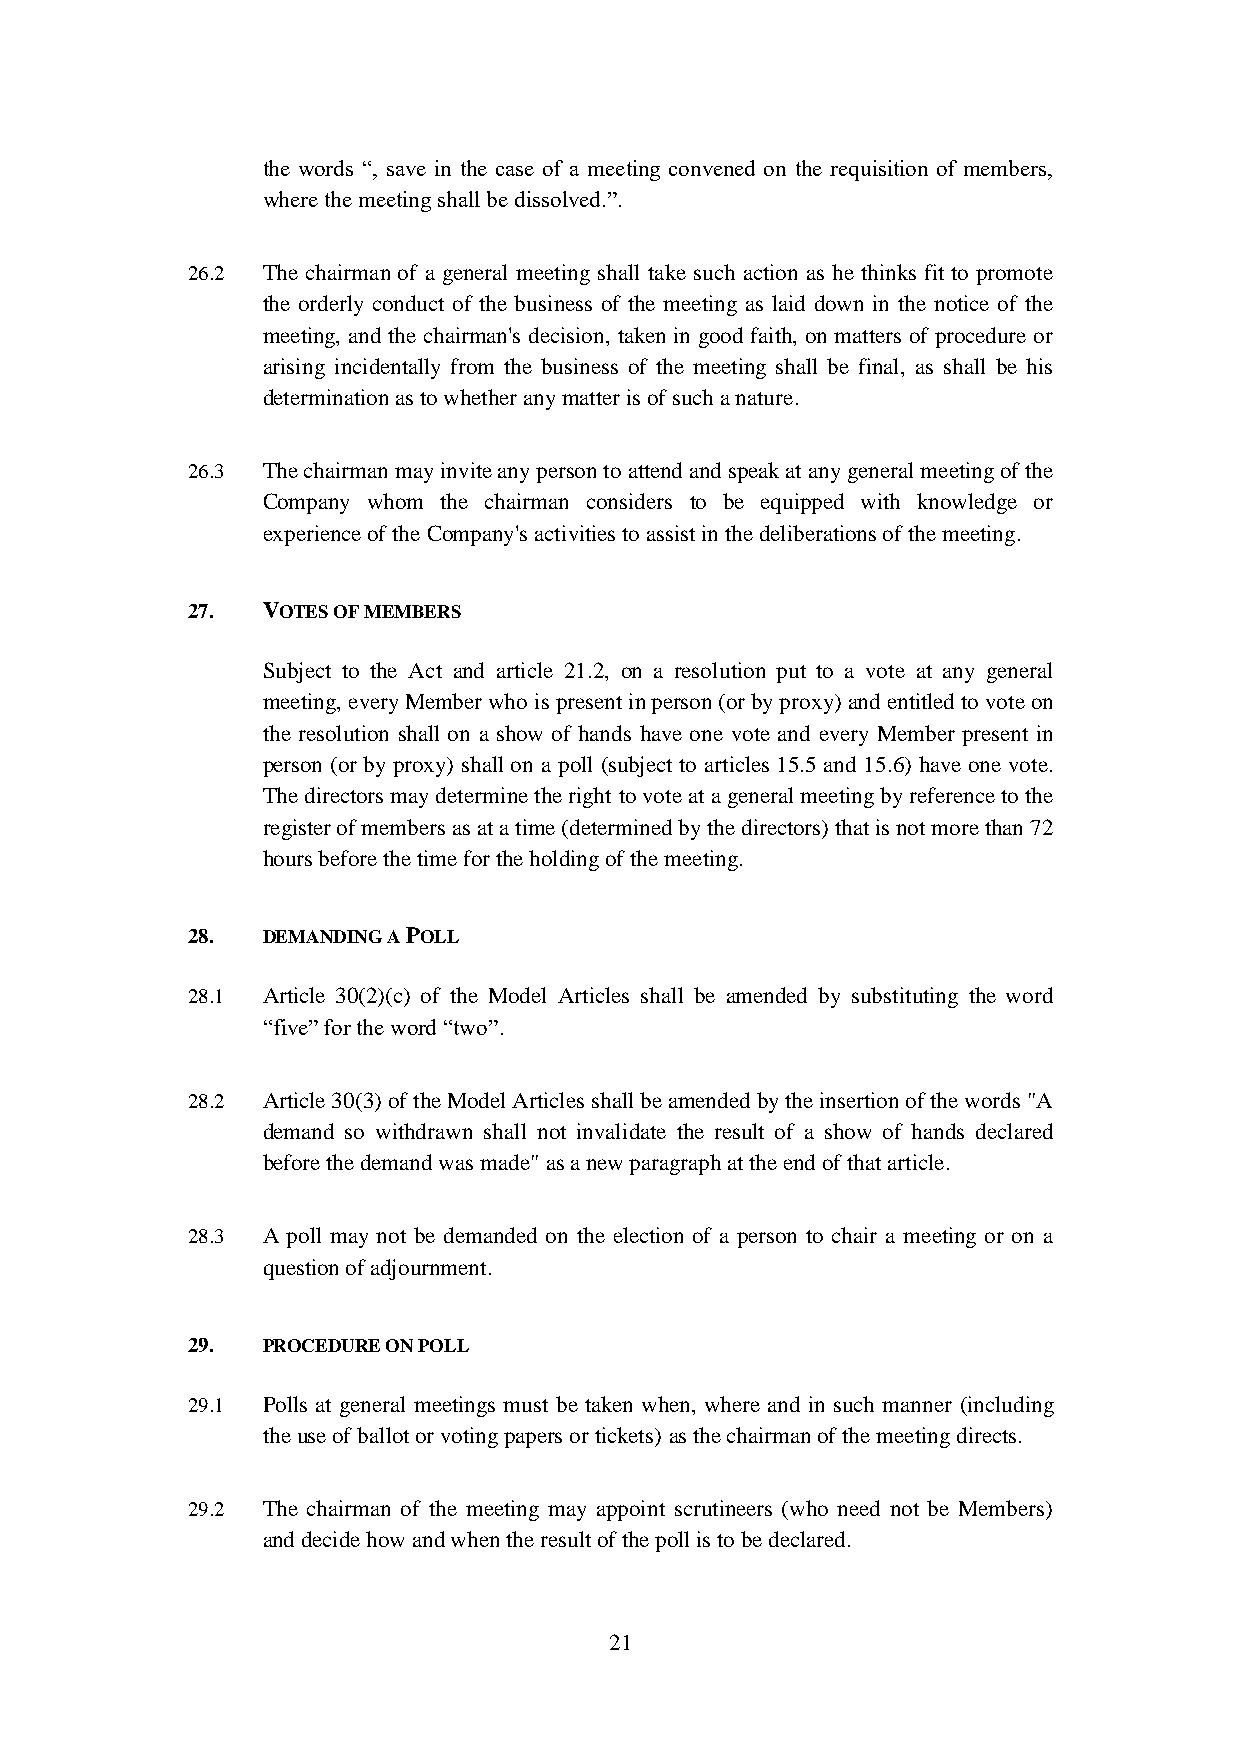
the words “, save in the case of a meeting convened on the requisition of members,
 where the meeting shall be dissolved.”.
 26.2 The chairman of a general meeting shall take such action as he thinks fit to promote
 the orderly conduct of the business of the meeting as laid down in the notice of the
 meeting, and the chairman's decision, taken in good faith, on matters of procedure or
 arising incidentally from the business of the meeting shall be final, as shall be his
 determination as to whether any matter is of such a nature.
 26.3 The chairman may invite any person to attend and speak at any general meeting of the
 Company whom the chairman considers to be equipped with knowledge or
 experience of the Company's activities to assist in the deliberations of the meeting.
 27.  VOTES OF MEMBERS
 Subject to the Act and article 21.2, on a resolution put to a vote at any general
 meeting, every Member who is present in person (or by proxy) and entitled to vote on
 the resolution shall on a show of hands have one vote and every Member present in
 person (or by proxy) shall on a poll (subject to articles 15.5 and 15.6) have one vote.
 The directors may determine the right to vote at a general meeting by reference to the
 register of members as at a time (determined by the directors) that is not more than 72
 hours before the time for the holding of the meeting.
 28.  DEMANDING A POLL
 28.1 Article 30(2)(c) of the Model Articles shall be amended by substituting the word
 “five” for the word “two”.
 28.2 Article 30(3) of the Model Articles shall be amended by the insertion of the words "A
 demand so withdrawn shall not invalidate the result of a show of hands declared
 before the demand was made" as a new paragraph at the end of that article.
 28.3 A poll may not be demanded on the election of a person to chair a meeting or on a
 question of adjournment.
 29.  PROCEDURE ON POLL
 29.1 Polls at general meetings must be taken when, where and in such manner (including
 the use of ballot or voting papers or tickets) as the chairman of the meeting directs.
 29.2 The chairman of the meeting may appoint scrutineers (who need not be Members)
 and decide how and when the result of the poll is to be declared.
 21